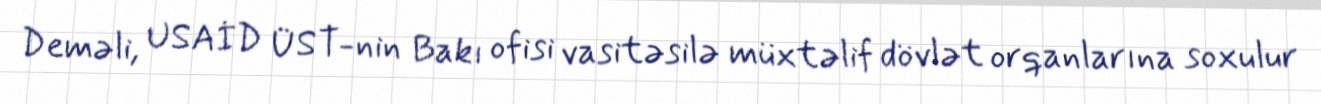
Deməli, USAİD ÜST-nin Bakı ofisi vasitəsilə müxtəlif dövlət orqanlarına soxulur